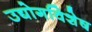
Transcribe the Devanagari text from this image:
उद्योगविशेष